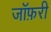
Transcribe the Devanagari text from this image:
जॉफ़री